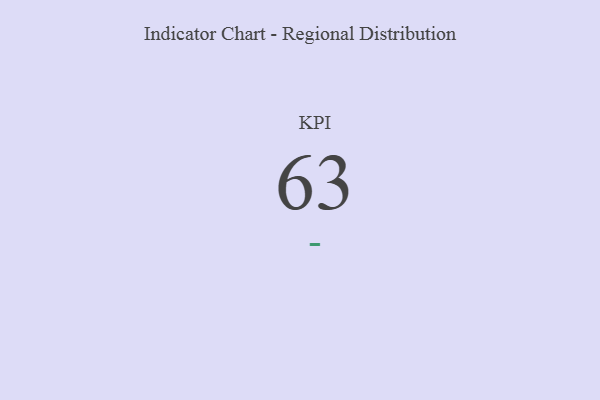
{"axis": {"x": "KPI", "y": "Value"}, "legend": [""], "data": [{"x": "KPI", "y": 63, "type": ""}]}